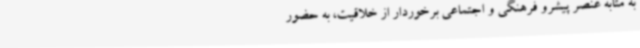
به مثابه عنصر پیشرو فرهنگی و اجتماعی برخوردار از خلاقیت، به حضور